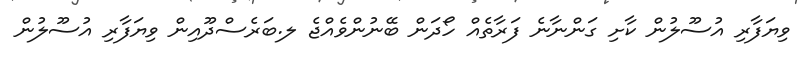
ވިޔަފާރި އުސޫލުން ކާށި ގަންނާނެ ފަރާތެއް ހޯދަން ބޭނުންވެއްޖެ ލ.ބަރެސްދޫއިން ވިޔަފާރި އުސޫލުން